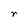
Character: r